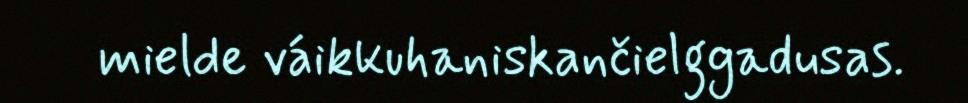
mielde váikkuhaniskančielggadusas.